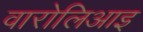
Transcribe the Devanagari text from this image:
वारोलिआइ